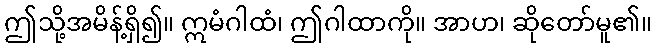
ဤသို့အမိန့်ရှိ၍။ ဣမံဂါထံ၊ ဤဂါထာကို။ အာဟ၊ ဆိုတော်မူ၏။